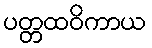
ပတ္တထဝိကာယ